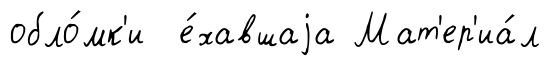
обло́мк'и е́хавшаjа Мат'ер'иа́л